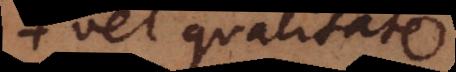
vel qualitate